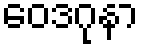
ဝေဒဂုနာ